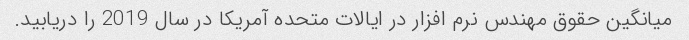
میانگین حقوق مهندس نرم افزار در ایالات متحده آمریکا در سال 2019 را دریابید.